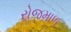
રોજમાળ